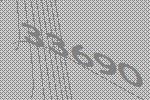
33690